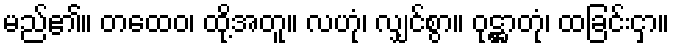
မည်၏။ တထေဝ၊ ထို့အတူ။ လဟုံ၊ လျှင်စွာ။ ဝုဋ္ဌာတုံ၊ ထခြင်းငှာ။